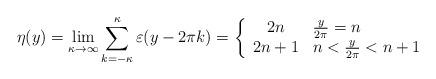
LaTeX: \begin{align*}\eta(y)=\lim_{\kappa\rightarrow\infty}\sum_{k=-\kappa}^\kappa\varepsilon(y-2\pi k)=\left\{\begin{array}{cl}2n & \frac{y}{2\pi}=n\\2n+1 & n<\frac{y}{2\pi}<n+1\end{array}\right.\end{align*}